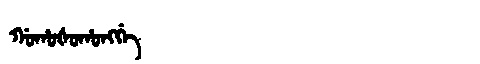
Manchu: ᡤᠣᡥᠣᡧᠣᡥᠣᠩᡤᡝ
Romanization: GOHOŠOHONGGE